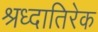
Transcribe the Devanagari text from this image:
श्रध्दातिरेक